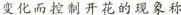
变化而控制开花的现象称